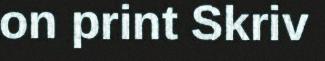
on print Skriv